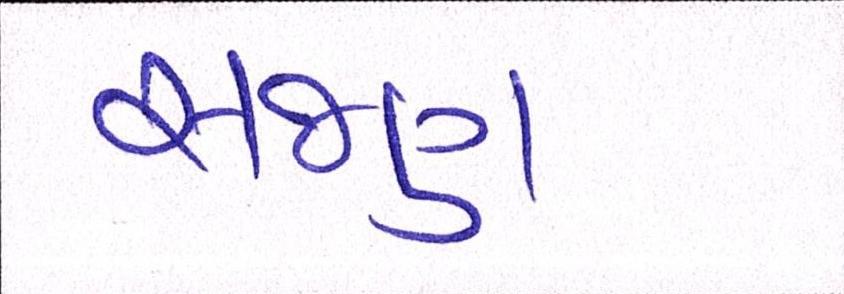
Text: સજણ